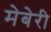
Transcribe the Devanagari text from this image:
मेबेरी